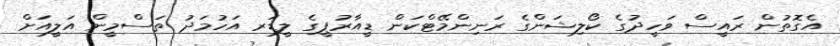
އެގޮތުން ރައީސް ވަހީދުގެ ކޯލިޝަންގެ ރަނިންމޭޓްކަން ޑީއާރުޕީގެ ލީޑަރ އަހުމަދު ތަސްމީން އަލީއަށް